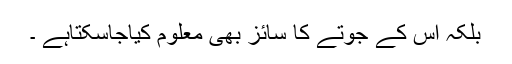
بلکہ اس کے جوتے کا سائز بھی معلوم کیاجاسکتاہے ۔